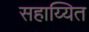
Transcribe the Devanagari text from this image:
सहाय्यित